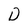
Character: D